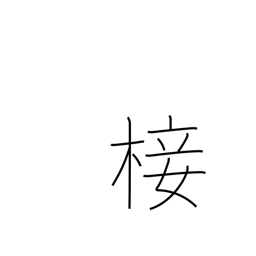
Meaning: graft